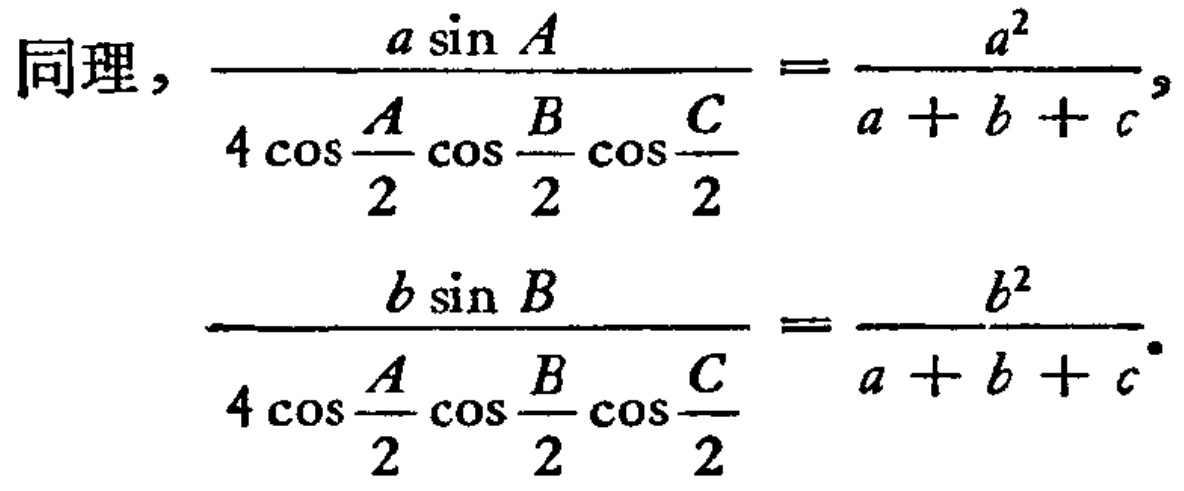
同理，\(\frac{a\sin A}{4\cos\frac{A}{2}\cos\frac{B}{2}\cos\frac{C}{2}} = \frac{a^{2}}{a + b + c}\)，
\(\frac{b\sin B}{4\cos\frac{A}{2}\cos\frac{B}{2}\cos\frac{C}{2}} = \frac{b^{2}}{a + b + c}\)。